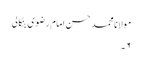
مولانا محمد حسن امام رضوی بنگالی
۶۔